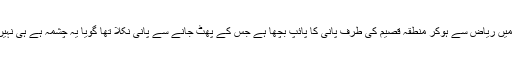
جب اس واقعہ کی تحقیق کی گئی تو پتہ چلا کہ اس راستے میں ریاض سے ہوکر منطقہ قصیم کی طرف پانی کا پائپ بچھا ہے جس کے پھٹ جانے سے پانی نکلا تھا گویا یہ چشمہ ہے ہی نہیں ، بلاتحقیق جھوٹی بات کو چینل والے مشہور کررہے ہیں ۔